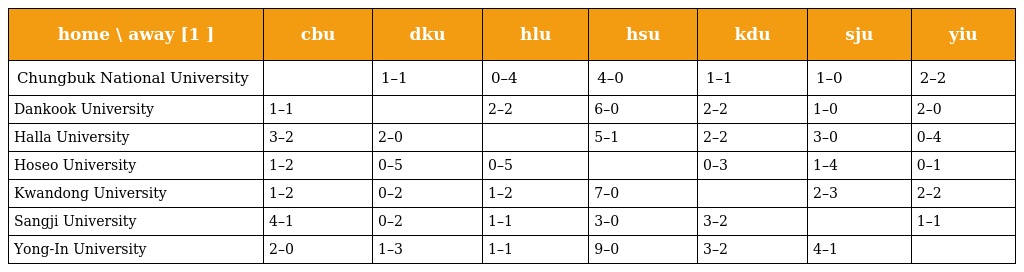
| home \ away [1 ] | cbu | dku | hlu | hsu | kdu | sju | yiu |
 | --- | --- | --- | --- | --- | --- | --- | --- |
 | Chungbuk National University |  | 1–1 | 0–4 | 4–0 | 1–1 | 1–0 | 2–2 |
 | Dankook University | 1–1 |  | 2–2 | 6–0 | 2–2 | 1–0 | 2–0 |
 | Halla University | 3–2 | 2–0 |  | 5–1 | 2–2 | 3–0 | 0–4 |
 | Hoseo University | 1–2 | 0–5 | 0–5 |  | 0–3 | 1–4 | 0–1 |
 | Kwandong University | 1–2 | 0–2 | 1–2 | 7–0 |  | 2–3 | 2–2 |
 | Sangji University | 4–1 | 0–2 | 1–1 | 3–0 | 3–2 |  | 1–1 |
 | Yong-In University | 2–0 | 1–3 | 1–1 | 9–0 | 3–2 | 4–1 |  |